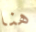
هنا